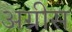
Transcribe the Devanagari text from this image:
अग्रीस